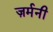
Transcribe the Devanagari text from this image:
ज़र्मनी